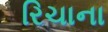
રિચાના